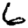
Digit: 6